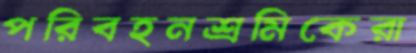
পরিবহনশ্রমিকেরা